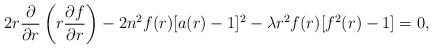
LaTeX: \begin{align*}2 r \frac{\partial }{\partial r} \left(r \frac{\partial f}{\partial r} \right) - 2 n^{2} f(r) [a(r) - 1]^{2} -\lambda r^{2} f(r) [f^{2}(r) - 1] = 0,\end{align*}